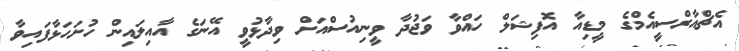
އެޗްއާރްސީއެމްގެ މީޑިއާ އޮފިޝަލް ހައްވާ ވަޖުދާ ވީނިއުސްއަށް ވިދާޅުވީ އޭނަގެ އާއިލައިން ހުށަހަޅާފައިވާ